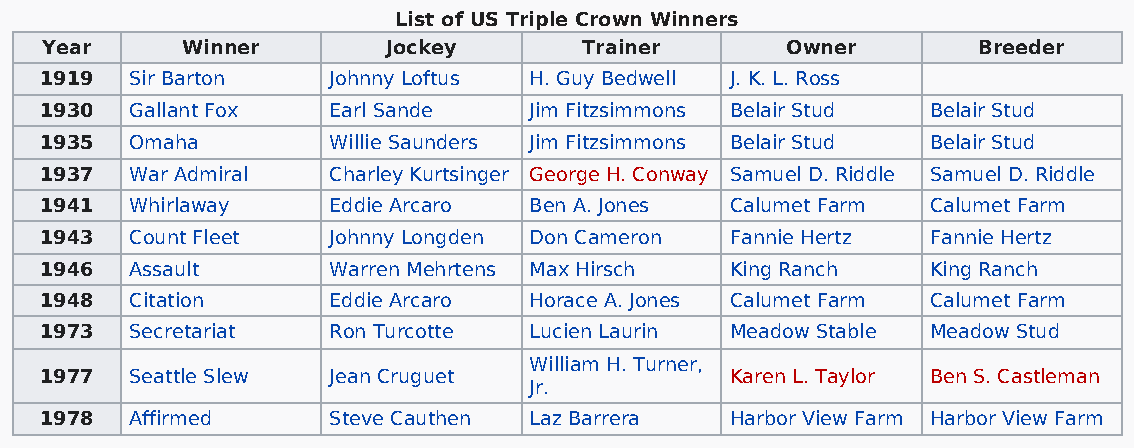
List of US Triple Crown Winners
 Year     Winner        Jockey       Trainer      Owner        Breeder
 1919  Sir Barton   Johnny Loftus H. Guy Bedwell J. K. L. Ross
 1930  Gallant Fox  Earl Sande   Jim Fitzsimmons Belair Stud Belair Stud
 1935  Omaha        Willie Saunders Jim Fitzsimmons Belair Stud Belair Stud
 1937  War Admiral  Charley Kurtsinger George H. Conway Samuel D. Riddle Samuel D. Riddle
 1941  Whirlaway    Eddie Arcaro Ben A. Jones Calumet Farm  Calumet Farm
 1943  Count Fleet  Johnny Longden Don Cameron Fannie Hertz Fannie Hertz
 1946  Assault      Warren Mehrtens Max Hirsch King Ranch   King Ranch
 1948  Citation     Eddie Arcaro Horace A. Jones Calumet Farm Calumet Farm
 1973  Secretariat  Ron Turcotte Lucien Laurin Meadow Stable Meadow Stud
 William H. Turner,
 1977  Seattle Slew Jean Cruguet              Karen L. Taylor Ben S. Castleman
 Jr.
 1978  Affirmed     Steve Cauthen Laz Barrera Harbor View Farm Harbor View Farm